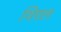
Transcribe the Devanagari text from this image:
थिएल